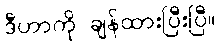
ဒီဟာကို ချန်ထားပြီးပြီ။